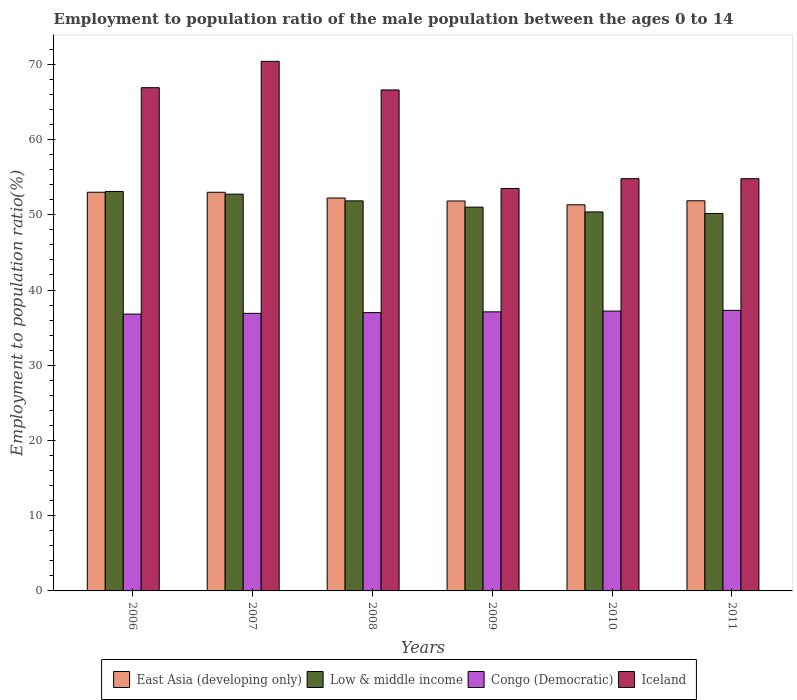
| Years | East Asia (developing only) | Low & middle income | Congo (Democratic) | Iceland |
 | --- | --- | --- | --- | --- |
 | 2006 | 53 | 53.1 | 36.8 | 66.9 |
 | 2007 | 53 | 52.7 | 36.9 | 70.4 |
 | 2008 | 52.2 | 51.9 | 37 | 66.6 |
 | 2009 | 51.8 | 51 | 37.1 | 53.5 |
 | 2010 | 51.3 | 50.4 | 37.2 | 54.8 |
 | 2011 | 51.9 | 50.2 | 37.3 | 54.8 |